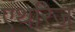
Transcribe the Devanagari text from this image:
एथरिज